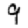
Digit: 9